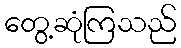
တွေ့ဆုံကြသည်